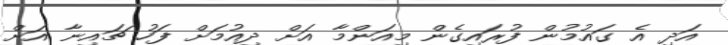
އަދި އެ ގައުމުން ފުރައިގެން މިއަންމާ އަށް ދިއުމަށް ފަހު ޗައިނާ އަށް